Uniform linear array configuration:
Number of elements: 4
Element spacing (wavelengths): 0.25
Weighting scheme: hamming
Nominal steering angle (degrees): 60
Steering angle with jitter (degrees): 59.444
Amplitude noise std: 0.05
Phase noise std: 0.05

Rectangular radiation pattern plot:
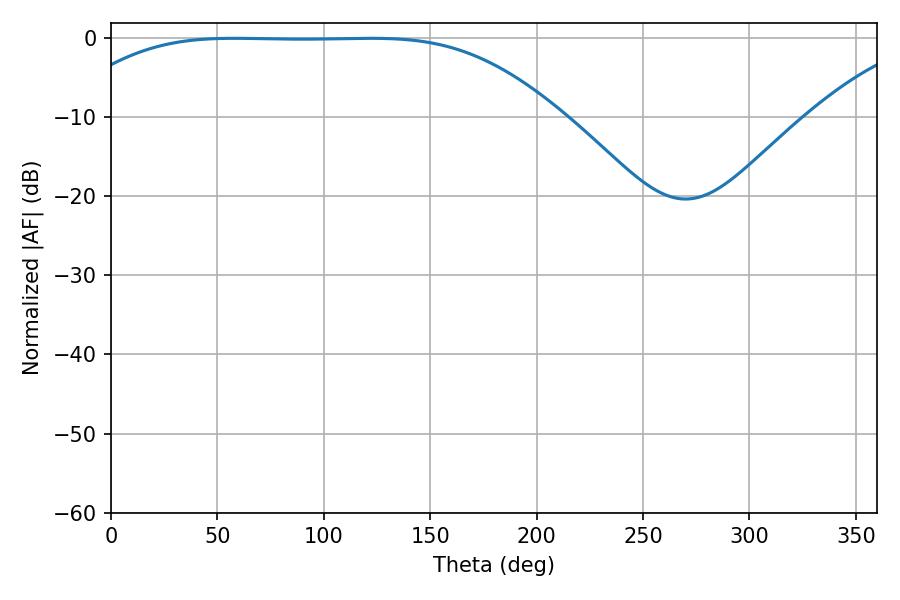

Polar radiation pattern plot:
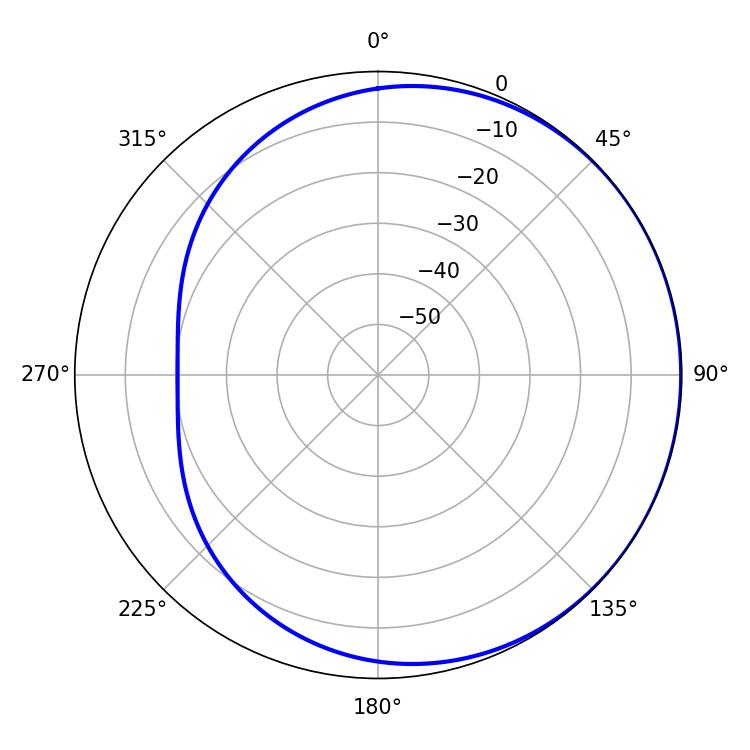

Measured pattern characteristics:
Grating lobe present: FALSE
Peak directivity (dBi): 0.5031
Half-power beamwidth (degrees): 174.96
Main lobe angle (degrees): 57.96